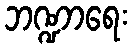
ဘဏ္ဍာရေး